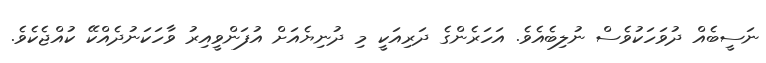
ނަސީބެއް ދުވަހަކުވެސް ނުލިބެއެވެ. އަހަރެންގެ ދަރިއަކީ މި ދުނިޔެއަށް އުފަންވީއިރު ވާހަކަނުދެއްކޭ ކުއްޖެކެވެ.